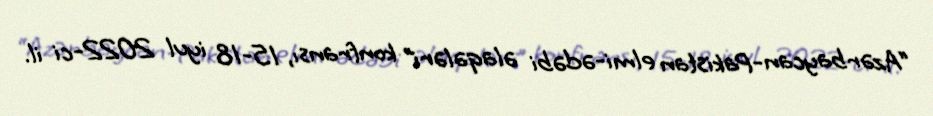
“Azərbaycan-Pakistan elmi-ədəbi əlaqələri” konfransı, 15-18 iyul 2022-ci il.